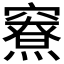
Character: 𰩜